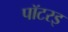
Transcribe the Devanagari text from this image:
पॉटरइ